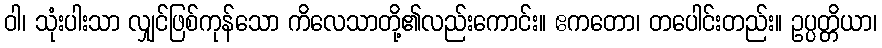
ဝါ၊ သုံးပါးသာ လျှင်ဖြစ်ကုန်သော ကိလေသာတို့၏လည်းကောင်း။ ဧကတော၊ တပေါင်းတည်း။ ဥပ္ပတ္တိယာ၊